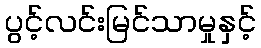
ပွင့်လင်းမြင်သာမှုနှင့်